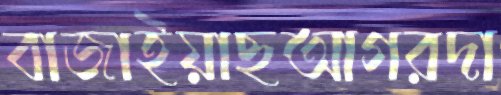
বাজাইয়াছআগরদা